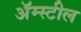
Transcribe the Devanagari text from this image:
अॅम्स्टील